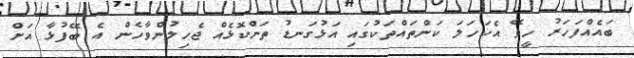
ބައެއްފަހަރު ހީވޭ އެކަހަލަ ކަންތައްތަކުގައި އަޅުގަނޑު ތަންކޮޅެއް ޖެހިލުންވާހެން އެ ބޭފުޅާ އަށް